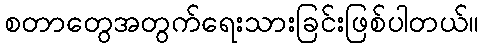
စတာတွေအတွက်ရေးသားခြင်းဖြစ်ပါတယ်။